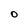
Character: O